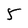
Character: 5